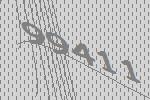
99411